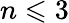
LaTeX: n\leqslant 3